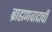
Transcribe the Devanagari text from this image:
ब्राह्मणवादाची